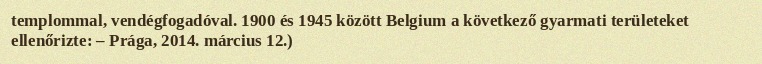
templommal, vendégfogadóval. 1900 és 1945 között Belgium a következő gyarmati területeket ellenőrizte: – Prága, 2014. március 12.)